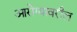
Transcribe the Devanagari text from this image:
आरोग्यावरील